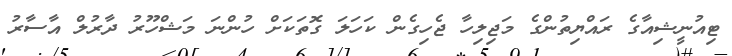
ޓިއުނީޝިއާގެ ރައްޔިތުންގެ މަޖިލިހާ ޖެހިގެން ކަހަލަ ގޮތަކަށް ހުންނަ މަޝްހޫރު ދާރުލް އާސާރު